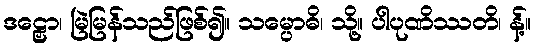
ဒဠှော၊ မြဲမြန်သည်ဖြစ်၍။ သမ္ပောဓိ၊ သို့။ ပါပုဏိဿတိ၊ န့်။